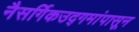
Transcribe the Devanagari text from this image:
नैसर्गिकउद्गमांपासून